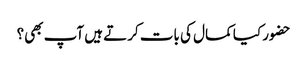
حضور کیا کمال کی بات کرتے ہیں آپ بھی؟